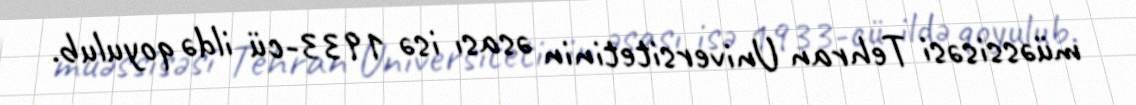
müəssisəsi Tehran Universitetinin əsası isə 1933-cü ildə qoyulub.